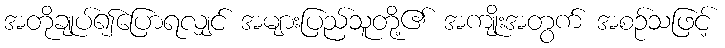
အတိုချုပ်၍ပြောရလျှင် အများပြည်သူတို့၏ အကျိုးအတွက် အစဉ်သဖြင့်